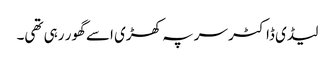
لیڈی ڈاکٹر سر پہ کھڑی اسے گھور رہی تھی۔